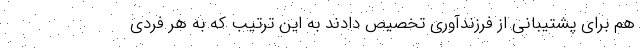
هم برای پشتیبانی از فرزندآوری تخصیص دادند به این ترتیب که به هر فردی